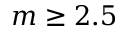
m \geq 2 . 5